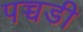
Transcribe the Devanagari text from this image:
पच्चडी